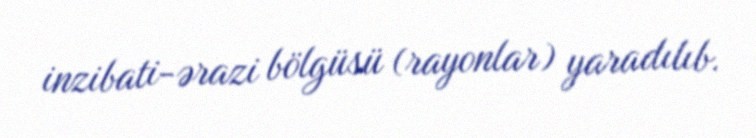
inzibati-ərazi bölgüsü (rayonlar) yaradılıb.